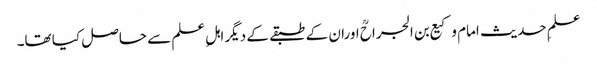
علمِ حدیث امام وکیع بن الجراحؒ اوران کے طبقے کے دیگر اہلِ علم سے حاصل کیا تھا۔